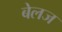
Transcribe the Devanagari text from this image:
बेलज